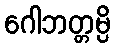
ဂေါဘတ္တမ္ပိ